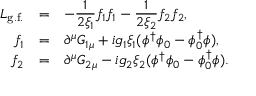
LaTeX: \begin{array} { r c l } { { { \cal L } _ { \mathrm { g . f . } } } } & { { = } } & { { \displaystyle - \frac { 1 } { 2 \xi _ { 1 } } f _ { 1 } f _ { 1 } - \frac { 1 } { 2 \xi _ { 2 } } f _ { 2 } f _ { 2 } , } } \\ { { f _ { 1 } } } & { { = } } & { { \partial ^ { \mu } G _ { 1 \mu } + i g _ { 1 } \xi _ { 1 } ( \phi ^ { \dagger } \phi _ { 0 } - \phi _ { 0 } ^ { \dagger } \phi ) , } } \\ { { f _ { 2 } } } & { { = } } & { { \partial ^ { \mu } G _ { 2 \mu } - i g _ { 2 } \xi _ { 2 } ( \phi ^ { \dagger } \phi _ { 0 } - \phi _ { 0 } ^ { \dagger } \phi ) . } } \end{array}